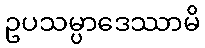
ဥပသမ္ပာဒေဿာမိ